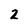
Character: 2